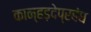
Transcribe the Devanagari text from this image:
कान्हड़देप्रबंध